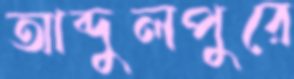
আব্দুলপুরে